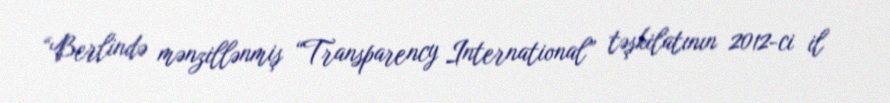
“Berlində mənzillənmiş “Transparency International” təşkilatının 2012-ci il